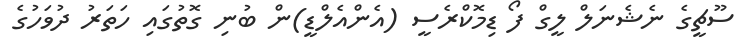
ސޫޗީގެ ނެޝެނަލް ލީގް ފޯ ޑިމޮކްރެސީ (އެންއެލްޑީ)ން ބުނި ގޮތުގައި ހަތަރު ދުވަހުގެ